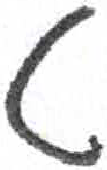
אות: ט